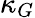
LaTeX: \kappa_{G}